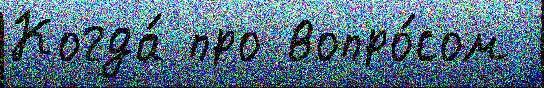
Когда́ про вопро́сом